Leaving Certificate Examination, 1908
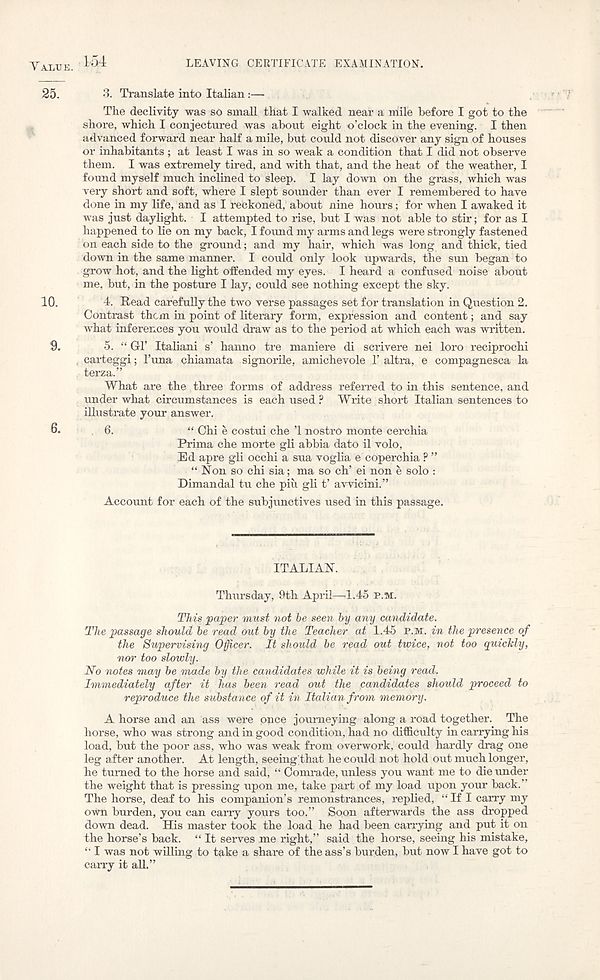
Value.
LEAVING CERTIFICATE EXAMINATION.
154
25.
3. Translate into Italian:—
The declivity was so small that I walked near a niile before I got to the
shore, which I conjectured was about eight o’clock in the evening. I then
advanced forward near half a mile, but could not discover any sign of houses
or inhabitants ; at least I was in so weak a condition that I did not observe
them. I was extremely tired, and with that, and the heat of the weather, I
found myself much inclined to sleep. I lay down on the grass, which was
very short and soft, where I slept sounder than ever I remembered to have
done in my life, and as I reckoned, about nine hours; for when I awaked it
was just daylight. I attempted to rise, but I was not able to stir; for as I
happened to lie on my back, I found my arms and legs were strongly fastened
on each side to the ground; and my hair, which was long and thick, tied
down in the same manner. I could only look upwards, the sun began to
grow hot, and the light offended my eyes. I heard a confused noise about
me, but, in the posture I lay, could see nothing except the sky.
10.
4. Read carefully the two verse passages set for translation in Question 2.
Contrast them in point of literary form, expression and content; and say
what inferences you would draw as to the period at which each was written.
9.
5. “ Gl’ Italiani s’ hanno tre maniere di scrivere nei loro reciprochi
, carteggi; 1’una chiamata signorile, amichevole T altra, e compagnesca la
terza.”
What are the three forms of address referred to in this sentence, and
under what circumstances is each used ? Write short Italian sentences to
illustrate your answer.
6.
6.
“ Chi e costui che ’1 nostro monte cerchia
Prima che morte gli abbia dato il volo,
Ed apre gli occhi a sua voglia e coperchia ? ”
“Non so chi sia; ma so ch’ ei non e solo :
Dimandal tu che piu gli t’ avvicini.”
Account for each of the subjunctives used in this passage.
ITALIAN.
Thursday, 9th April—4.45 p.m.
This paper must not be seen by any candidate.
The passage should be read out by the Teacher at 1.45 p.m. in the presence of
the Supervising Officer. It should be read out twice, not too quickly,
nor too slowly.
No notes may be made by the candidates while it is being read.
Immediately after it has been read out the candidates should proceed to
reproduce the substance of it in Italian from memory.
A horse and an ass were once journeying along a road together. The
horse, who was strong and in good condition, had no difficulty in carrying his
load, but the poor ass, who was weak from overwork, could hardly drag one
leg after another. At length, seeing that he could not hold out much longer,
he turned to the horse and said, “ Comrade, unless you want me to die under
the weight that is pressing upon me, take part of my load upon your back.”
The horse, deaf to his companion’s remonstrances, replied, “ If I carry my
own burden, you can carry yours too.” Soon afterwards the ass dropped
down dead. His master took the load he had been carrying and put it on
the horse’s back. “ It serves me right,” said the horse, seeing his mistake,
“ I was not willing to take a share of the ass’s burden, but now I have got to
carry it all.”